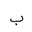
Letter: _ba